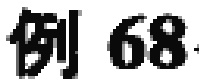
例 68